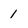
Character: 1